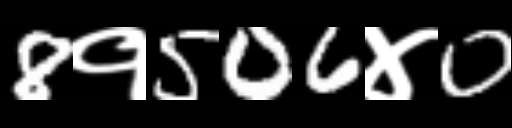
Text: 8१506४0